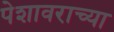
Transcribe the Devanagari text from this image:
पेशावराच्या